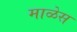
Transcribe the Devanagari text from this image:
माळेस